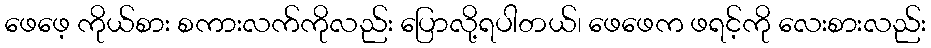
ဖေဖေ့ ကိုယ်စား စကားလက်ကိုလည်း ပြောလို့ရပါတယ်၊ ဖေဖေက ဖရင့်ကို လေးစားလည်း